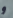
و